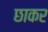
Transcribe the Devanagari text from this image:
छाकर